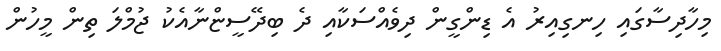
މިހާދިސާގައި ހިނގިއިރު އެ ޑިންގީން ދިވެއްސަކާއި ދެ ބިދޭސީޏްނާއެކު ޖުމްލަ ތިން މީހުން